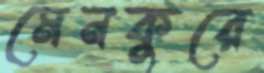
মেনকুরে